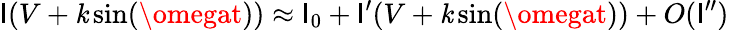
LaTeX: \mathsf{I}(V+\mathit{k}\sin(\omegat))\approx\mathsf{I}_{0}+\mathsf{I}^{\prime}(V+\mathit{k}\sin(\omegat))+O(\mathsf{I}^{\prime\prime})